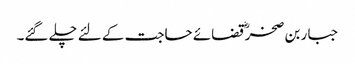
جبار بن صخرؓ قضائے حاجت کے لئے چلے گئے۔